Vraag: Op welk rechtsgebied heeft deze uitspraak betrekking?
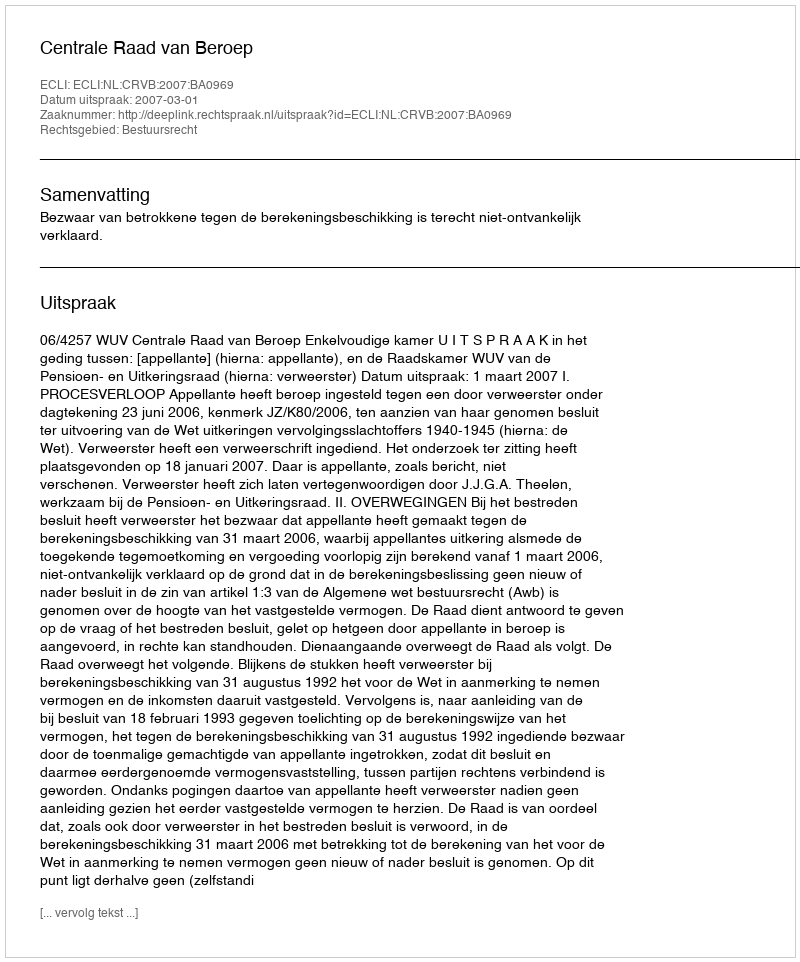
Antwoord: Bestuursrecht